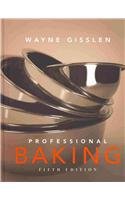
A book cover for Professional Baking 5th Edition College Version & CD-ROM with Garde Manger and Prof Baking Method Cards (4) Set; Wayne Gisslen; Cookbooks, Food & Wine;